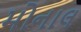
મોનાલ